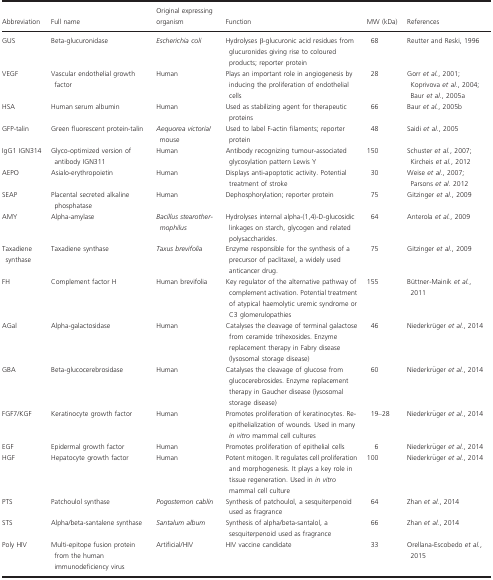
<table><thead><tr><td><b>Abbreviation</b></td><td><b>Full name</b></td><td><b>Original expressing organism</b></td><td><b>Function</b></td><td><b>MW (kDa)</b></td><td><b>References</b></td></tr></thead><tbody><tr><td>GUS</td><td>Beta‐glucuronidase</td><td><i>Escherichia coli</i></td><td>Hydrolyses β‐glucuronic acid residues from glucuronides giving rise to coloured products; reporter protein</td><td>68</td><td>Reutter and Reski, 1996</td></tr><tr><td>VEGF</td><td>Vascular endothelial growth factor</td><td>Human</td><td>Plays an important role in angiogenesis by inducing the proliferation of endothelial cells</td><td>28</td><td>Gorr <i>et al</i>., 2001; Koprivova <i>et al</i>., 2004; Baur <i>et al</i>., 2005a</td></tr><tr><td>HSA</td><td>Human serum albumin</td><td>Human</td><td>Used as stabilizing agent for therapeutic proteins</td><td>66</td><td>Baur <i>et al</i>., 2005b</td></tr><tr><td>GFP‐talin</td><td>Green fluorescent protein‐talin</td><td><i>Aequorea victoria</i>/mouse</td><td>Used to label F‐actin filaments; reporter protein</td><td>48</td><td>Saidi <i>et al</i>., 2005</td></tr><tr><td>IgG1 IGN314</td><td>Glyco‐optimized version of antibody IGN311</td><td>Human</td><td>Antibody recognizing tumour‐associated glycosylation pattern Lewis Y</td><td>150</td><td>Schuster <i>et al</i>., 2007; Kircheis <i>et al</i>., 2012</td></tr><tr><td>AEPO</td><td>Asialo‐erythropoietin</td><td>Human</td><td>Displays anti‐apoptotic activity. Potential treatment of stroke</td><td>30</td><td>Weise <i>et al</i>., 2007; Parsons <i>et al</i>. 2012</td></tr><tr><td>SEAP</td><td>Placental secreted alkaline phosphatase</td><td>Human</td><td>Dephosphorylation; reporter protein</td><td>75</td><td>Gitzinger <i>et al</i>., 2009</td></tr><tr><td>AMY</td><td>Alpha‐amylase</td><td><i>Bacillus stearother‐mophilus</i></td><td>Hydrolyses internal alpha‐(1,4)‐D‐glucosidic linkages on starch, glycogen and related polysaccharides.</td><td>64</td><td>Anterola <i>et al</i>., 2009</td></tr><tr><td>Taxadiene synthase</td><td>Taxadiene synthase</td><td><i>Taxus brevifolia</i></td><td>Enzyme responsible for the synthesis of a precursor of paclitaxel, a widely used anticancer drug.</td><td>75</td><td>Gitzinger <i>et al</i>., 2009</td></tr><tr><td>FH</td><td>Complement factor H</td><td>Human brevifolia</td><td>Key regulator of the alternative pathway of complement activation. Potential treatment of atypical haemolytic uremic syndrome or C3 glomerulopathies</td><td>155</td><td>Büttner‐Mainik <i>et al</i>., 2011</td></tr><tr><td>AGal</td><td>Alpha‐galactosidase</td><td>Human</td><td>Catalyses the cleavage of terminal galactose from ceramide trihexosides. Enzyme replacement therapy in Fabry disease (lysosomal storage disease)</td><td>46</td><td>Niederkrüger <i>et al</i>., 2014</td></tr><tr><td>GBA</td><td>Beta‐glucocerebrosidase</td><td>Human</td><td>Catalyses the cleavage of glucose from glucocerebrosides. Enzyme replacement therapy in Gaucher disease (lysosomal storage disease)</td><td>60</td><td>Niederkrüger <i>et al</i>., 2014</td></tr><tr><td>FGF7/KGF</td><td>Keratinocyte growth factor</td><td>Human</td><td>Promotes proliferation of keratinocytes. Re‐epithelialization of wounds. Used in many <i>in vitro</i> mammal cell cultures</td><td>19–28</td><td>Niederkrüger <i>et al</i>., 2014</td></tr><tr><td>EGF</td><td>Epidermal growth factor</td><td>Human</td><td>Promotes proliferation of epithelial cells</td><td>6</td><td>Niederkrüger <i>et al</i>., 2014</td></tr><tr><td>HGF</td><td>Hepatocyte growth factor</td><td>Human</td><td>Potent mitogen. It regulates cell proliferation and morphogenesis. It plays a key role in tissue regeneration. Used in <i>in vitro</i> mammal cell culture</td><td>100</td><td>Niederkrüger <i>et al</i>., 2014</td></tr><tr><td>PTS</td><td>Patchoulol synthase</td><td><i>Pogostemon cablin</i></td><td>Synthesis of patchoulol, a sesquiterpenoid used as fragrance</td><td>64</td><td>Zhan <i>et al</i>., 2014</td></tr><tr><td>STS</td><td>Alpha/beta‐santalene synthase</td><td><i>Santalum album</i></td><td>Synthesis of alpha/beta‐santalol, a sesquiterpenoid used as fragrance</td><td>66</td><td>Zhan <i>et al</i>., 2014</td></tr><tr><td>Poly HIV</td><td>Multi‐epitope fusion protein from the human immunodeficiency virus</td><td>Artificial/HIV</td><td>HIV vaccine candidate</td><td>33</td><td>Orellana‐Escobedo <i>et al</i>., 2015</td></tr></tbody></table>